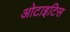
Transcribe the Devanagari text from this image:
ओटाइटिस